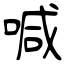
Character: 喊